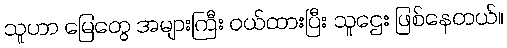
သူဟာ မြေတွေ အများကြီး ဝယ်ထားပြီး သူဌေး ဖြစ်နေတယ်။